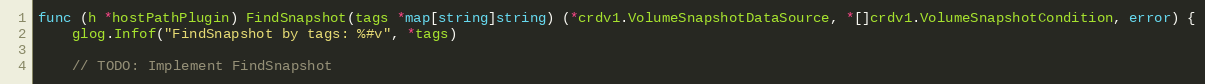
Language: Go
func (h *hostPathPlugin) FindSnapshot(tags *map[string]string) (*crdv1.VolumeSnapshotDataSource, *[]crdv1.VolumeSnapshotCondition, error) {
	glog.Infof("FindSnapshot by tags: %#v", *tags)

	// TODO: Implement FindSnapshot